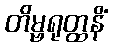
တိမ္ဗရုတ္ထနိံ